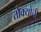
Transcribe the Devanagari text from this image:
तोक्योची